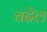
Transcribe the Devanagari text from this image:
चढेल